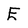
Character: E